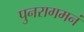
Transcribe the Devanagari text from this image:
पुनरागमनं